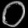
Digit: ၀